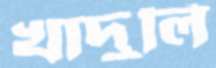
খাদুলি